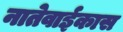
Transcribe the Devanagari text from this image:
नातेवाईकास